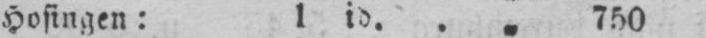
Hosingen: l id. .„ 750